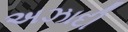
અઝાદી